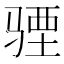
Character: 𩧾